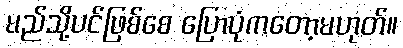
မည်သို့ပင်ဖြစ်စေ ပြောပုံကတော့မဟုတ်။